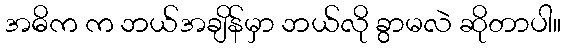
အဓိက က ဘယ်အချိန်မှာ ဘယ်လို ခွာမလဲ ဆိုတာပါ။